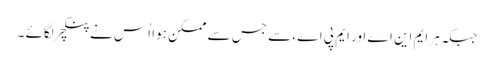
جبکہ ہر ایم این اے اور ایم پی اے ،سے جس سے ممکن ہوا اُس نے پنکچر لگائے ۔